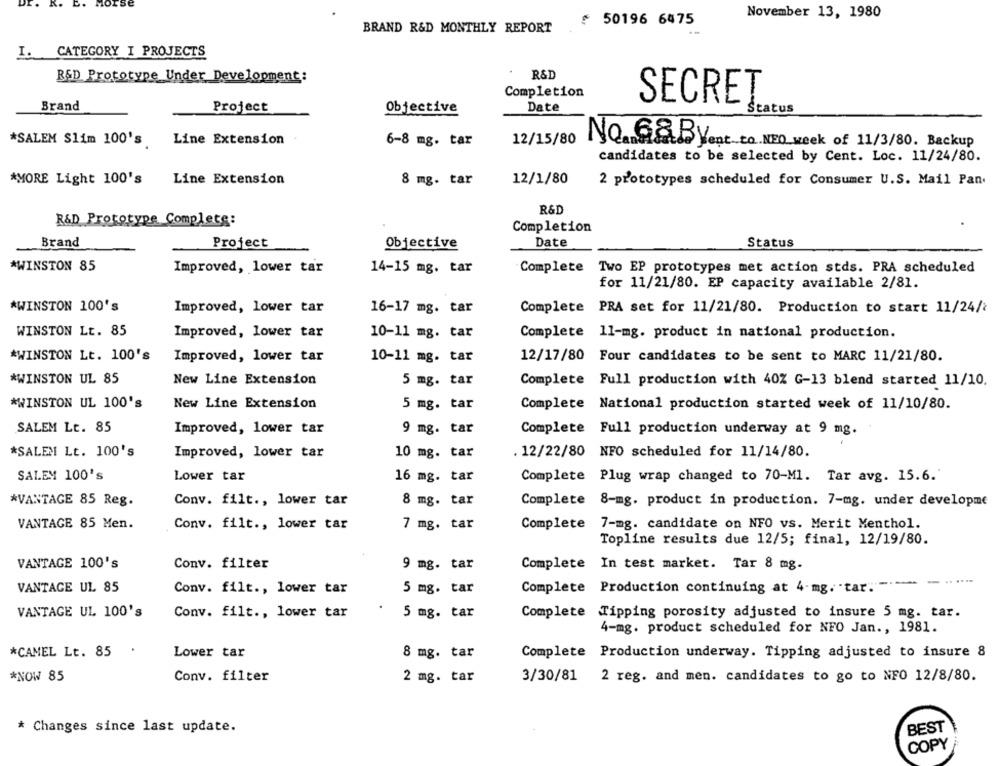
K.
D.
ors
November 13, 1980
₾ 50196 6475
BRAND R&D MONTHLY REPORT
I. CATEGORY I PROJECTS
R&D
R&D Prototype Under Development:
Completion
Brand
Project
Date
SECRET
Objective
Štatus
*SALEM Slim 100's
Line Extension
6-8 mg. tar
12/15/80
No.G&Byent to NEO week of 11/3/80. Backup
candidates to be selected by Cent. Loc. 11/24/80.
*MORE Light 100's
Line Extension
8 mg. tar
12/1/80
2 prototypes scheduled for Consumer U.S. Mail Pan.
R&D
R&D Prototype Complete:
Completion
Brand
Project
Objective
Date
Status
*WINSTON 85
Improved, lower tar
14-15 mg. tar
Complete
Two EP prototypes met action stds. PRA scheduled
for 11/21/80. EP capacity available 2/81.
*WINSTON 100's
Improved, lower tar
16-17 mg. tar
Complete PRA set for 11/21/80. Production to start 11/24/2
WINSTON Lt. 85
Improved, lower tar
10-11 mg. tar
Complete 11-mg. product in national production.
*WINSTON Lt. 100's
Improved, lower tar
10-11 mg. tar
12/17/80 Four candidates to be sent to MARC 11/21/80.
*WINSTON UL 85
New Line Extension
5 mg. tar
Complete Full production with 40% G-13 blend started 11/10.
*WINSTON UL 100's
New Line Extension
5 mg. tar
Complete National production started week of 11/10/80.
SALEM Lt. 85
Improved, lower tar
9 mg. tar
Complete Full production underway at 9 mg.
*SALEM Lt. 100's
Improved, lower tar
10 mg. tar
. 12/22/80 NFO scheduled for 11/14/80.
SALEM 100's
Lower tar
16 mg. tar
Complete Plug wrap changed to 70-M1. Tar avg. 15.6.'
*VANTAGE 85 Reg.
Conv. filt ., lower tar
8 mg. tar
Complete 8-mg. product in production. 7-mg. under developme
VANTAGE 85 Men.
Conv. filt ., lower tar
7 mg. tar
Complete 7-mg. candidate on NFO vs. Merit Menthol.
Topline results due 12/5; final, 12/19/80.
VANTAGE 100's
Conv. filter
9 mg. tar
Complete In test market. Tar 8 mg.
....
VANTACE UL 85
Conv. filt ., lower tar
5 mg. tar
Complete Production continuing at 4-mg. tar. -.-- >
VANTAGE UL 100's
Conv. filt ., lower tar
Complete Tipping porosity adjusted to insure 5 mg. tar.
5 mg. tar
4-mg. product scheduled for NFO Jan ., 1981.
*CAMEL Lt. 85
.
Lower tar
8 mg. tar
Complete Production underway. Tipping adjusted to insure 8
*NOW 85
Conv. filter
2 mg. tar
3/30/81
2 reg. and men. candidates to go to NFO 12/8/80.
* Changes since last update.
BEST
COPY